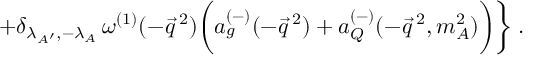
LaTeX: + \delta _ { \lambda _ { A ^ { \prime } } , - \lambda _ { A } } \, \omega ^ { ( 1 ) } ( - \vec { q } ^ { \: 2 } ) \biggl ( a _ { g } ^ { ( - ) } ( - \vec { q } ^ { \: 2 } ) + a _ { Q } ^ { ( - ) } ( - \vec { q } ^ { \: 2 } , m _ { A } ^ { 2 } ) \biggr ) \biggr \} \; .